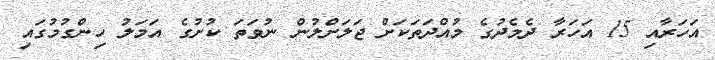
އަހަރާއި 15 އަހަރާ ދެމެދުގެ މުއްދަތަކަށް ޖަލަށްލުން ނުވަތަ ކުށުގެ އަމަލު ހިންގުމުގައި